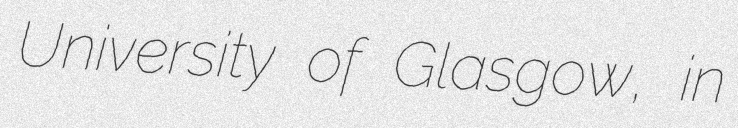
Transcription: University of Glasgow, in